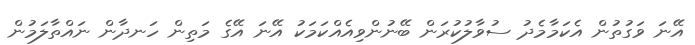
އޭނަ ވަގުތުން އެކަމާމެދު ސުވާލުކުރަން ބޭނުންވިއެއްކަމަކު އޭނަ އޭގެ މަތިން ހަނދާން ނައްތާލަމުން